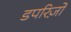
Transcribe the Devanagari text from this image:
डपरिज़ो